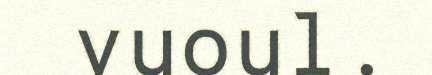
vuoul.